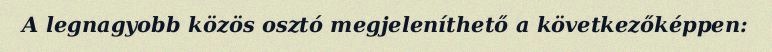
A legnagyobb közös osztó megjeleníthető a következőképpen: